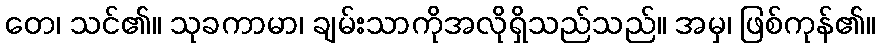
တေ၊ သင်၏။ သုခကာမာ၊ ချမ်းသာကိုအလိုရှိသည်သည်။ အမှ၊ ဖြစ်ကုန်၏။